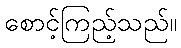
စောင့်ကြည့်သည်။